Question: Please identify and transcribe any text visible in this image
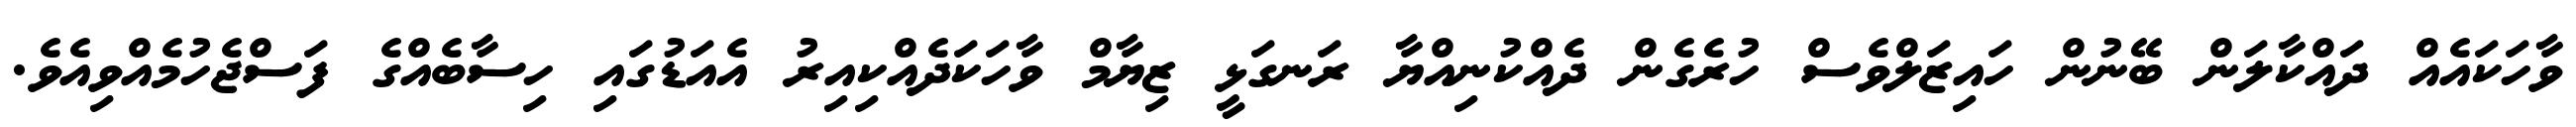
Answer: ވާހަކައެއް ދައްކާލަން ބޭނުން ހައިޒަލްވެސް ހުރެގެން ދެއްކުނިއްޔާ ރަނގަޅީ ޒިޔާމް ވާހަކަދެއްކިއިރު އެއަޑުގައި ހިސާބެއްގެ ފަސްޖެހުމެއްވިއެވެ.